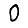
Digit: 0